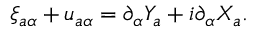
\xi _ { a \alpha } + u _ { a \alpha } = \partial _ { \alpha } Y _ { a } + i \partial _ { \alpha } X _ { a } .